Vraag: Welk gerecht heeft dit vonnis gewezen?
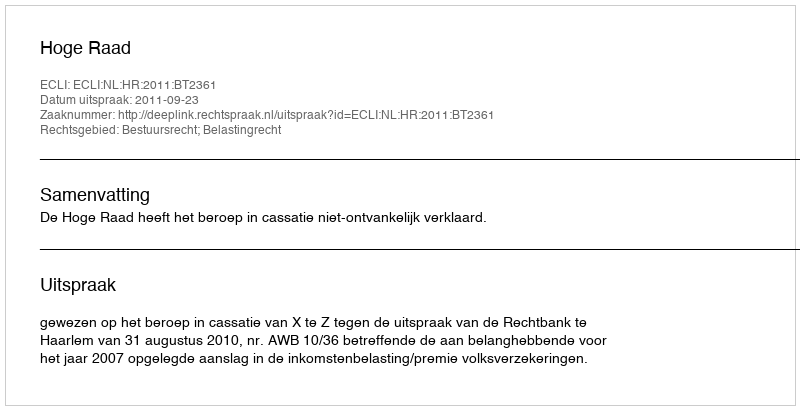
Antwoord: Hoge Raad